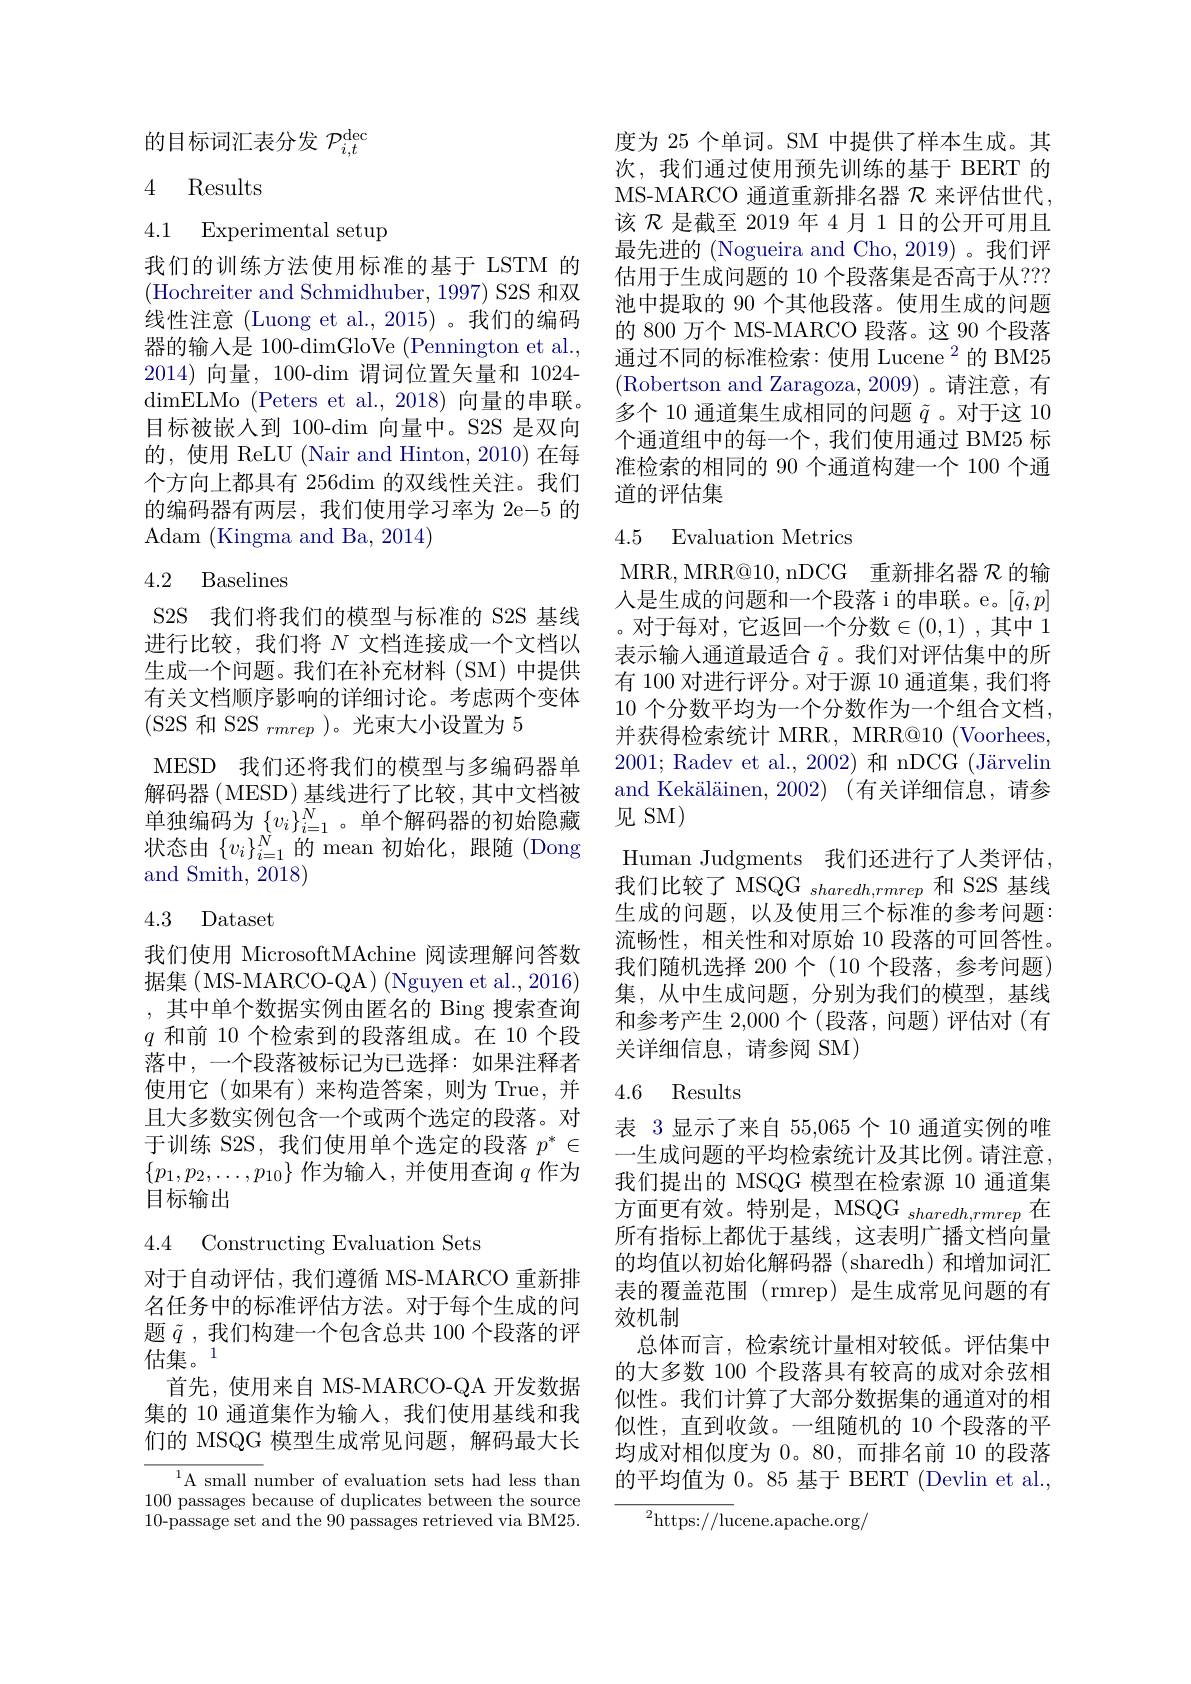
的目标词汇表分发$\mathcal{P}_i,t^\mathrm{dec}$

# 4 Results

4.1 Experimental setup

我们的训练方法使用标准的基于 LSTM 的(Hochreiter and Schmidhuber, 1997) S2S 和双线性注意 (Luong et al., 2015) 。我们的编码器的输入是 100-dimGloVe (Pennington et al., 2014)向量，100-dim 谓词位置矢量和 1024- dimELMo (Peters et al.,2018) 向量的串联。目标被嵌入到 100-dim 向量中。S2S 是双向的，使用 ReLU (Nair and Hinton, 2010) 在每个方向上都具有 256dim 的双线性关注。我们的编码器有两层，我们使用学习率为 2e-5 的${\mathrm{Adam~(Kingma~and~Ba,~2014)}}$

## 4.2 Baselines

S2S 我们将我们的模型与标准的 S2S 基线进行比较，我们将$N$文档连接成一个文档以生成一个问题。我们在补充材料(SM)中提供有关文档顺序影响的详细讨论。考虑两个变体(S2S 和 S2S $_rmrep$ )。光束大小设置为5
MESD 我们还将我们的模型与多编码器单解码器( MESD) 基线进行了比较，其中文档被单独编码为$\left\{v_i\right\}_{i=1}^N$。单个解码器的初始隐藏状态由$\{v_i\}_{i=1}^N$的 mean 初始化，跟随 (Dong and Smith, 2018)

# 4.3 Dataset

我们使用 MicrosoftMAchine 阅读理解问答数据集( MS-MARCO-QA) (Nguyen et al., 2016) ,其中单个数据实例由匿名的 Bing 搜索查询$q$和前 10 个检索到的段落组成。在 10 个段落中，一个段落被标记为已选择：如果注释者使用它(如果有)来构造答案，则为 True,并且大多数实例包含一个或两个选定的段落。对于训练 S2S, 我们使用单个选定的段落$p^*\in$ $\{p_1,p_2,\ldots,p_{10}\}$作为输入，并使用查询$q$作为目标输出

## 4.4 Constructing Evaluation Sets

对于自动评估，我们遵循 MS-MARCO 重新排名任务中的标准评估方法。对于每个生成的问题$\tilde{q}$,我们构建一个包含总共 100 个段落的评估集。1
首先，使用来自 MS-MARCO-QA 开发数据集的 10 通道集作为输人，我们使用基线和我们的 MSQG 模型生成常见问题，解码最大长

$^{1}$A small number of evaluation sets had less than 100 passages because of duplicates between the source 10-passage set and the 90 passages retrieved via BM25.

度为 25 个单词。SM 中提供了样本生成。其次，我们通过使用预先训练的基于 BERT 的MS-MARCO 通道重新排名器 $\mathcal{R}$ 来评估世代， 该$\mathcal{R}$是截至 2019 年 4 月 1 日的公开可用且最先进的 (Nogueira and Cho, 2019) 。我们评估用于生成问题的 10 个段落集是否高于从 ??? 池中提取的 90 个其他段落。使用生成的问题的 800 万个 MS-MARCO 段落。这 90 个段落通过不同的标准检索：使用 Lucene $^2$的 BM25 (Robertson and Zaragoza,2009)。请注意，有多个 10 通道集生成相同的问题$\tilde{q}$。对于这 10个通道组中的每一个，我们使用通过 BM25 标准检索的相同的 90 个通道构建一个 100 个通道的评估集

## 4.5 Evaluation Metrics

MRR, MRR@10, nDCG 重新排名器$\mathcal{R}$的输人是生成的问题和一个段落 i 的串联。e。$[\tilde{q},p]$ 。对于每对，它返回一个分数$\in(0,1)$ ,其中 1表示输人通道最适合$\tilde{q}$ 。我们对评估集中的所有 100 对进行评分。对于源 10 通道集，我们将10 个分数平均为一个分数作为一个组合文档， 并获得检索统计 MRR, MRR@10 (Voorhees, 2001; Radev et al., 2002) 和 nDCG (Järvelin and Kekäläinen, 2002) (有关详细信息，请参见 SM)
Human Judgments 我们还进行了人类评估。我们比较了 MSQG sharedh,rmrep 和 S2S 基线生成的问题，以及使用三个标准的参考问题： 流畅性，相关性和对原始 10 段落的可回答性。我们随机选择 200 个 (10 个段落，参考问题) 集，从中生成问题，分别为我们的模型，基线和参考产生 2,000个(段落，问题)评估对(有关详细信息，请参阅 SM)

## 4.6 Results

表 3显示了来自 55,065个 10 通道实例的唯一生成问题的平均检索统计及其比例。请注意， 我们提出的 MSQG 模型在检索源 10 通道集方面更有效。特别是，MSQG $_{sharedh,rmrep}$在所有指标上都优于基线，这表明广播文档向量的均值以初始化解码器 (sharedh) 和增加词汇表的覆盖范围 (rmrep) 是生成常见问题的有效机制
总体而言，检索统计量相对较低。评估集中的大多数 100 个段落具有较高的成对余弦相似性。我们计算了大部分数据集的通道对的相似性，直到收敛。一组随机的 10 个段落的平均成对相似度为 0。80,而排名前 10 的段落的平均值为 0。85 基于 BERT (Devlin et al.,

${{^{2}\mathrm{https://lu}}}$cene.apache.org/